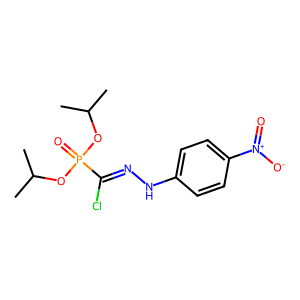
SMILES: CC(C)OP(=O)(OC(C)C)C(Cl)=NNc1ccc([N+](=O)[O-])cc1
Inhibits HIV replication: No